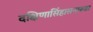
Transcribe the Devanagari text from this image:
दक्षिणासिंहासनारूढा